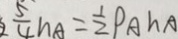
\frac { 5 } { 4 } h A = \frac { 1 } { 2 } P A h A